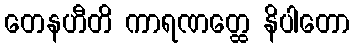
တေနဟီတိ ကာရဏတ္ထေ နိပါတော